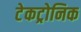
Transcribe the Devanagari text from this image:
टेकट्रोनिक